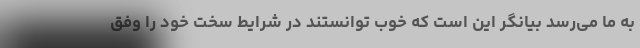
به ما می‌رسد بیانگر این است که خوب توانستند در شرایط سخت خود را وفق